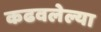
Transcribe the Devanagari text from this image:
कढवलेल्या